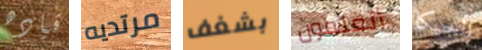
قياده مرتديه بشغف أتعلمون بلجيكا